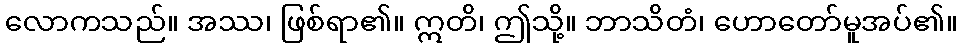
လောကသည်။ အဿ၊ ဖြစ်ရာ၏။ ဣတိ၊ ဤသို့။ ဘာသိတံ၊ ဟောတော်မူအပ်၏။